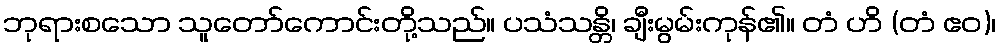
ဘုရားစသော သူတော်ကောင်းတို့သည်။ ပသံသန္တိ၊ ချီးမွမ်းကုန်၏။ တံ ဟိ (တံ ဧဝ)၊